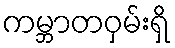
ကမ္ဘာတဝှမ်းရှိ